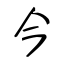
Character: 今